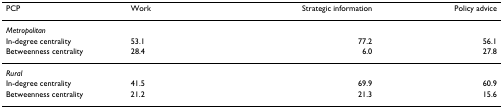
<table><thead><tr><td><b>PCP</b></td><td><b>Work</b></td><td><b>Strategic information</b></td><td><b>Policy advice</b></td></tr></thead><tbody><tr><td><i>Metropolitan</i></td><td></td><td></td><td></td></tr><tr><td>In-degree centrality</td><td>53.1</td><td>77.2</td><td>56.1</td></tr><tr><td>Betweenness centrality</td><td>28.4</td><td>6.0</td><td>27.8</td></tr><tr><td><i>Rural</i></td><td></td><td></td><td></td></tr><tr><td>In-degree centrality</td><td>41.5</td><td>69.9</td><td>60.9</td></tr><tr><td>Betweenness centrality</td><td>21.2</td><td>21.3</td><td>15.6</td></tr></tbody></table>